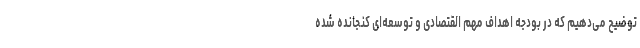
توضیح می‌دهیم که در بودجه اهداف مهم القتصادی و توسعه‌ای کنجانده شده